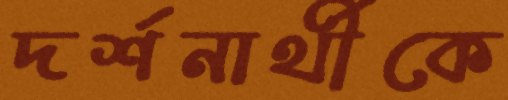
দর্শনার্থীকে